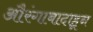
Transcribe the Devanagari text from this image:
औरंगाबादाहून